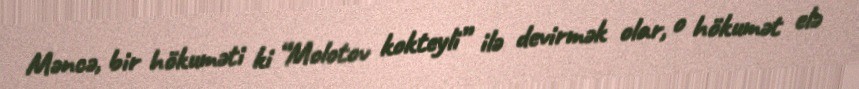
Məncə, bir hökuməti ki “Molotov kokteyli” ilə devirmək olar, o hökumət elə